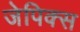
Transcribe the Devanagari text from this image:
जेपिक्स